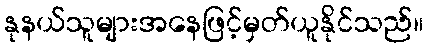
နုနယ်သူများအနေဖြင့်မှတ်ယူနိုင်သည်။